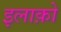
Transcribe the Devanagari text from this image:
इलाक़ो